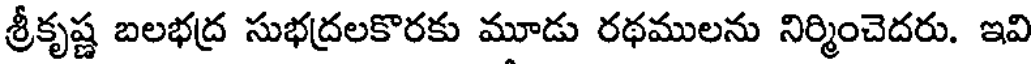
శ్రీకృష్ణ బలభద్ర సుభద్రలకొరకు మూడు రథములను నిర్మించెదరు. ఇవి